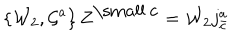
\left\{ { \cal W } _ { 2 } , { \cal G } ^ { a } \right\} Z ^ { \mathrm { \small ~ c } } = { \cal W } _ { 2 } j _ { \bar { c } } ^ { a }